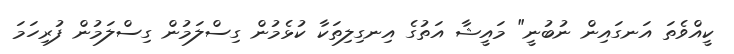
ކީއްވެތަ އަނގައިން ނުބުނީ" މައީޝާ އަތުގެ އިނގިލިތަކާ ކުޅެމުން ގިސްލަމުން ގިސްލަމުން ފުރިހަމަ